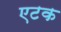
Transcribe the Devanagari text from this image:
एटक